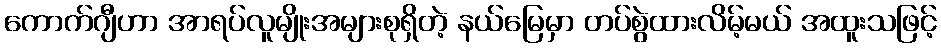
ကောက်ဂျီဟာ အာရပ်လူမျိုးအများစုရှိတဲ့ နယ်မြေမှာ တပ်စွဲထားလိမ့်မယ် အထူးသဖြင့်